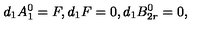
d _ { 1 } A _ { 1 } ^ { 0 } = F , d _ { 1 } F = 0 , d _ { 1 } B _ { 2 r } ^ { 0 } = 0 ,